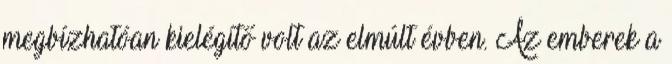
megbízhatóan kielégítő volt az elmúlt évben. Az emberek a